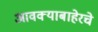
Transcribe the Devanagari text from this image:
आवक्याबाहेरचे